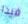
فيدا